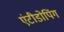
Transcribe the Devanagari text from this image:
एंटीडोपिंग